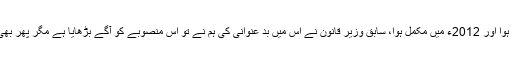
انہوں نے کہا کہ نندی پور منصوبہ 2007ء میں شروع ہوا اور 2012ء میں مکمل ہوا، سابق وزیر قانون نے اس میں بد عنوانی کی ہم نے تو اس منصوبے کو آگے بڑھایا ہے مگر پھر بھی وزیراعظم نے نجی آڈٹ کمپنی کو آڈٹ کا حکم دیا ہے۔